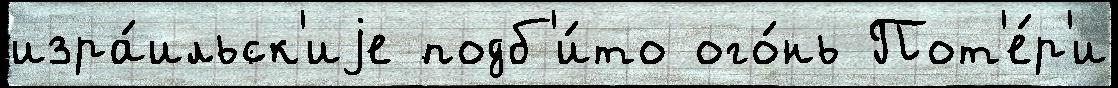
изра́ильск'иjе подб'и́то ого́нь Пот'е́р'и